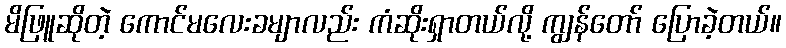
မိဖြူဆိုတဲ့ ကောင်မလေးခမျာလည်း ကံဆိုးရှာတယ်လို့ ကျွန်တော် ပြောခဲ့တယ်။